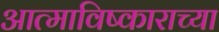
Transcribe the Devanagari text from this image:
आत्माविष्काराच्या